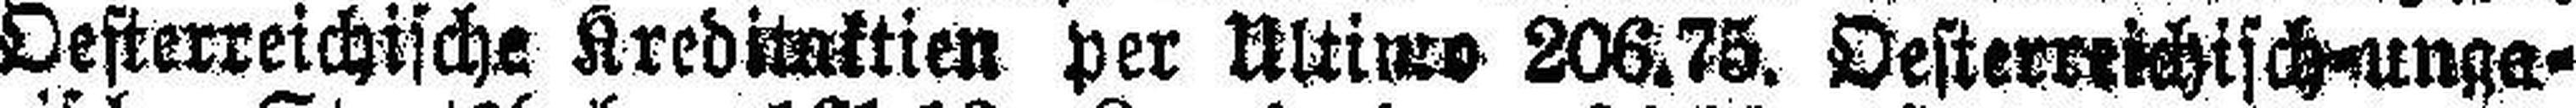
Oesterreichische Kreditaktien per Ultimo 206.75. Oesterreichisch=unge¬